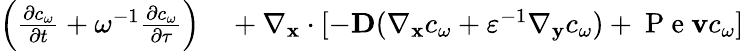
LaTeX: \begin{array}{rl}{\left(\frac{\partial c_{\omega}}{\partial t}+\omega^{-1}\frac{\partial c_{\omega}}{\partial\tau}\right)}&{{}+\nabla_{\mathbf x}\cdot[-\textbf{D}(\nabla_{\mathbf x}c_{\omega}+\varepsilon^{-1}\nabla_{\mathbf y}c_{\omega})+\mathrm{~P~e~}\mathbf vc_{\omega}]}\end{array}